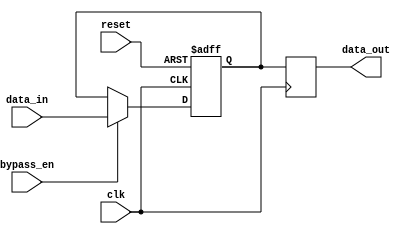
module Simple_Bypass_Register (
    input wire clk,
    input wire reset,
    input wire data_in,
    input wire bypass_en,
    output reg data_out
);

reg data_latch;

always @(posedge clk or posedge reset) begin
    if (reset) begin
        data_latch <= 1'b0;
    end else begin
        if (bypass_en) begin
            data_latch <= data_in;
        end
    end
end

always @(posedge clk) begin
    data_out <= data_latch;
end

endmodule